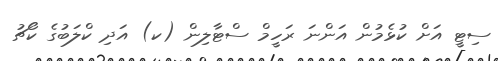
ސިޓީ އަށް ކުޅެމުން އަންނަ ރަހީމް ސްޓާލިން (ކ) އަދި ކްލަބުގެ ކޯޗު